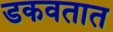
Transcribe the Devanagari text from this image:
डकवतात